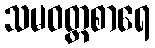
သမဝတ္ထစာရေ